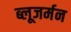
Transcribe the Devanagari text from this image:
ब्लूजर्मन